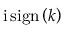
\mathrm { i } \, \mathrm { s i g n } \left( k \right)